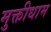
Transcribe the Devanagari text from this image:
मुक्तीधाम